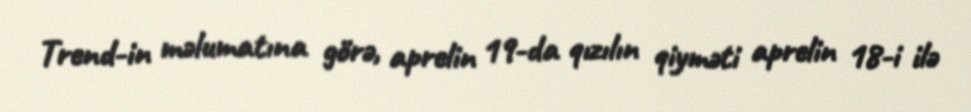
Trend-in məlumatına görə, aprelin 19-da qızılın qiyməti aprelin 18-i ilə